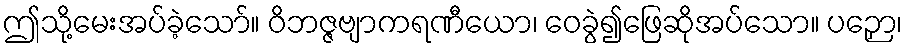
ဤသို့မေးအပ်ခဲ့သော်။ ဝိဘဇ္ဇဗျာကရဏီယော၊ ဝေခွဲ၍ဖြေဆိုအပ်သော။ ပဉှော၊